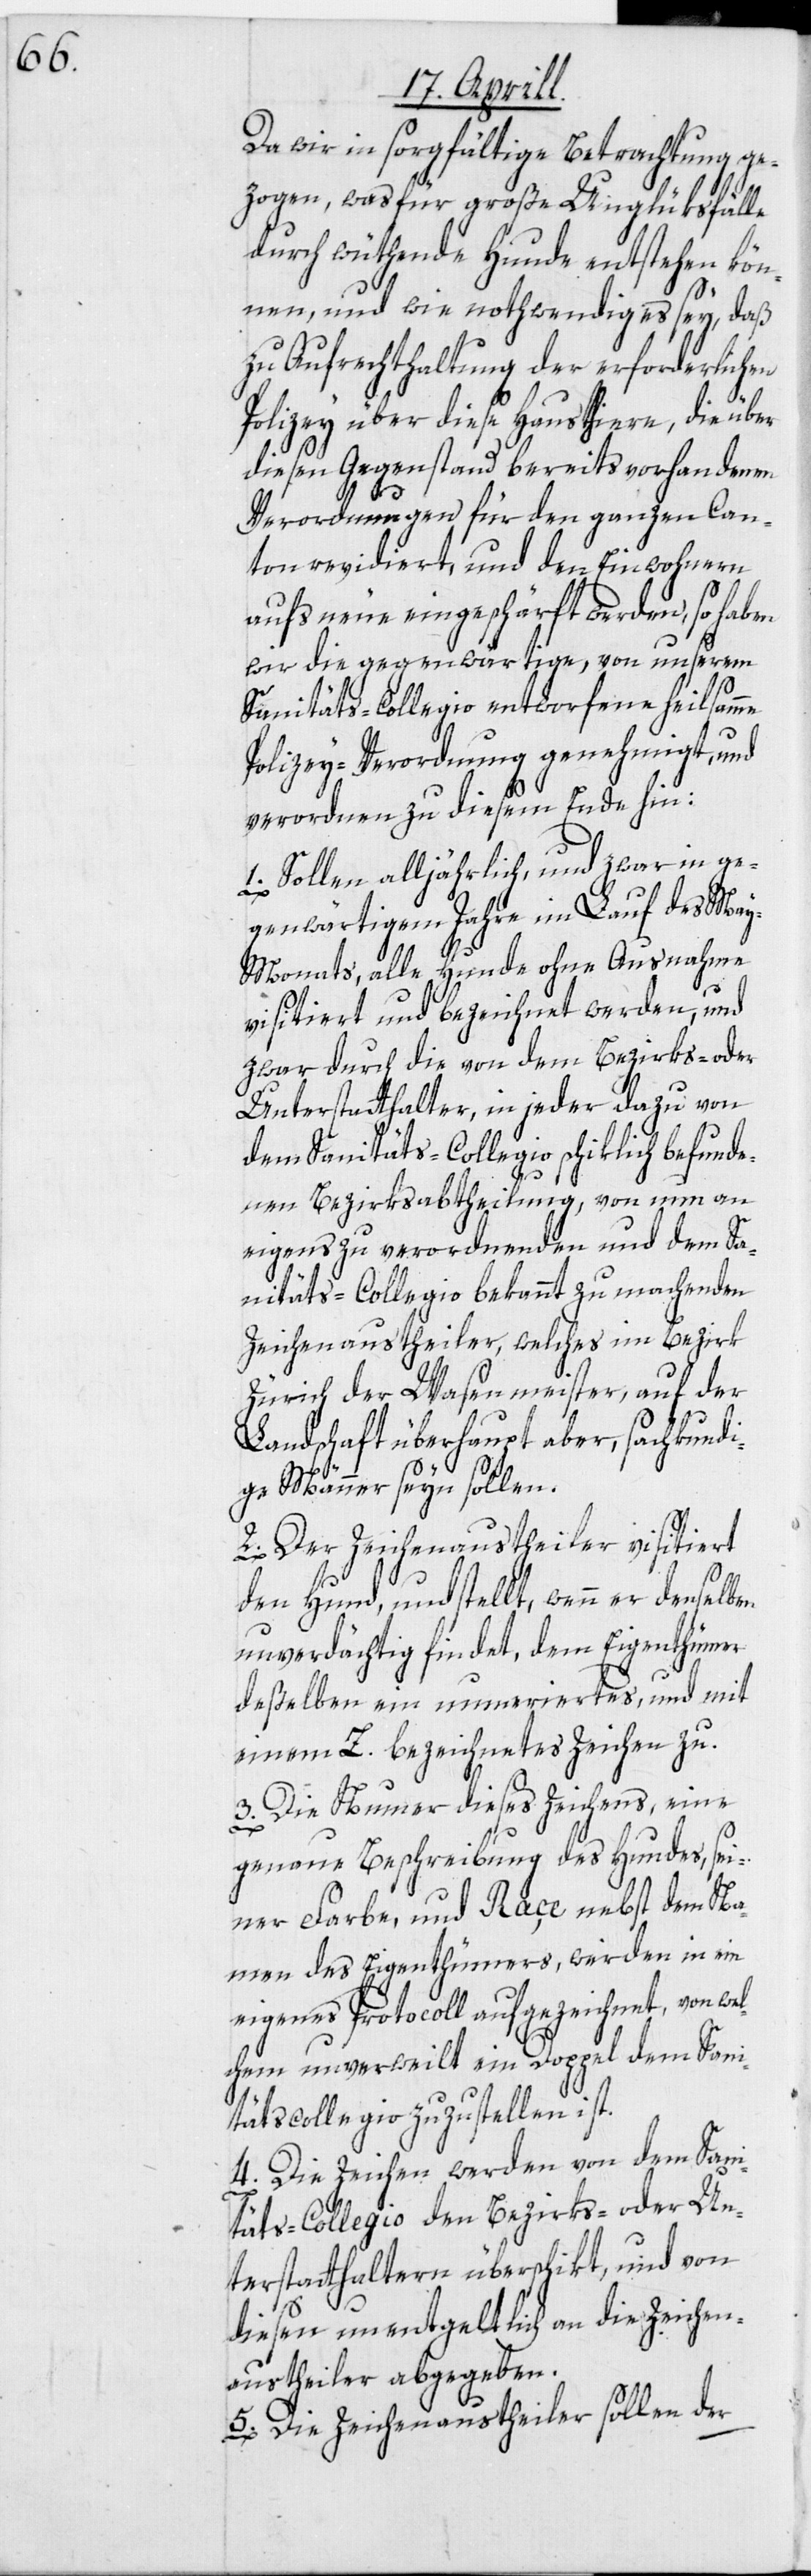
Da wir in sorgfältige Betrachtung ge¬
zogen, was für große Unglüksfälle
durch wüthende Hunde entstehen kön¬
nen, und wie nothwendig es sey, daß
zu Aufrechthaltung der erforderlichen
Polizey über diese Hausthiere, die über
diesen Gegenstand bereits vorhandenen
Verordnungen für den ganzen Can¬
ton revidiert, und den Einwohnern
aufs neue eingeschärft werden, so haben
wir die gegenwärtige, von unserem
Sanitäts-Collegio entworfene heilsamme
Polizey-Verordnung genehmigt, und
verordnen zu diesem Ende hin:
Sollen alljährlich, und zwar in ge¬
genwärtigem Jahre im Lauf des Ma¬
y-Monats, alle Hunde ohne Ausnahme
visitiert und bezeichnet werden, und
zwar durch die von dem Bezirks- oder
Unterstatthalter, in jeder dazu von
dem Sanitäts-Collegio schiklich befunde¬
nen Bezirksabtheilung, von nun an
eigens zu verordnenden und dem Sa¬
nitäts-Collegio bekannt zu machenden
Zeichenaustheiler, welches im Bezirk
Zürich der Wasenmeister, auf der
Landschaft überhaupt aber, sachkundi¬
ge Männer seyn sollen.
2. Der Zeichenaustheiler visitiert
den Hund, und stellt, wenn er denselben
unverdächtig findet, dem Eigenthümer
deßelben ein numeriertes, und mit
einem Z. bezeichnetes Zeichen zu.
3. Die Nummer dieses Zeichens, eine
genaue Beschreibung des Hundes, sei¬
ner Farbe, und Raçe nebst dem Na¬
men des Eigenthümers, werden in ein
eigenes Protocoll aufgezeichnet, von we¬
lchem unverweilt ein Doppel dem Sani¬
tätscollegio zuzustellen ist.
4. Die Zeichen werden von dem Sani¬
täts-Collegio den Bezirks- oder Un¬
terstatthaltern überschikt, und von
diesen unentgeltlich an die Zeichen¬
austheiler abgegeben.
5. Die Zeichenaustheiler sollen der